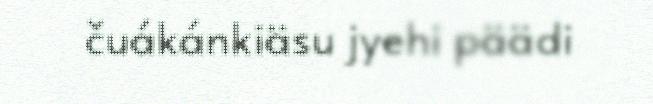
čuákánkiäsu jyehi päädi